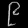
Digit: ၉